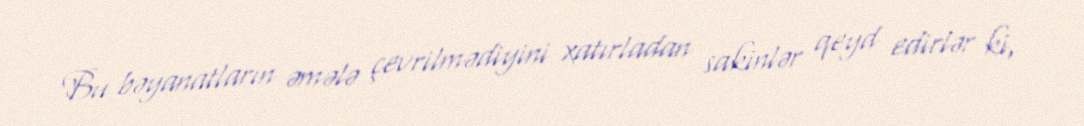
Bu bəyanatların əmələ çevrilmədiyini xatırladan sakinlər qeyd edirlər ki,